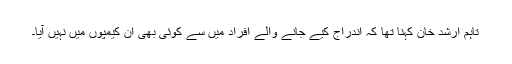
تاہم ارشد خان کہنا تھا کہ اندراج کیے جانے والے افراد میں سے کوئی بھی ان کیمپوں میں نہیں آیا۔